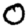
Digit: 0